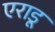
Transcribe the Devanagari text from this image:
एराडू